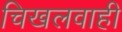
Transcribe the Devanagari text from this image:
चिखलवाही